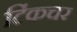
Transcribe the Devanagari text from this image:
टिंकचर